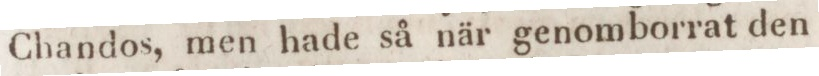
Chandos, men hade så när genomborrat den